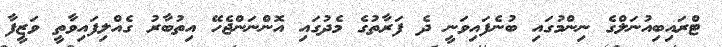
ޓްރައިބިއުނަލްގެ ނިންމުގައި ބުނެފައިވަނީ ދެ ފަރާތުގެ މެދުގައި އޮންނަންޖެހޭ އިތުބާރު ގެއްލިފައިވާތީ ވަޒީފާ